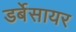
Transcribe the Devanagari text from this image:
डर्बेसायर